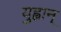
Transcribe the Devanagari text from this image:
युह्वान्